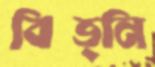
বিভ্নি